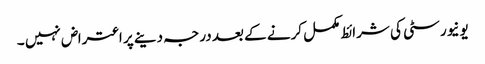
یونیورسٹی کی شرائط مکمل کرنے کے بعد درجہ دینے پر اعتراض نہیں ۔